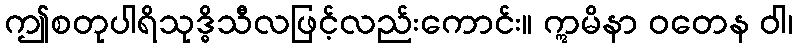
ဤစတုပါရိသုဒ္ဓိသီလဖြင့်လည်းကောင်း။ ဣမိနာ ဝတေန ဝါ၊